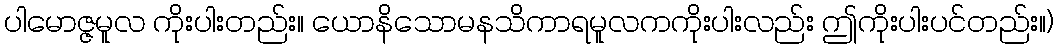
ပါမောဇ္ဇမူလ ကိုးပါးတည်း။ ယောနိသောမနသိကာရမူလကကိုးပါးလည်း ဤကိုးပါးပင်တည်း။)